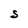
Character: S